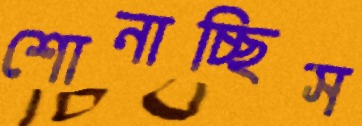
শোনাচ্ছিস